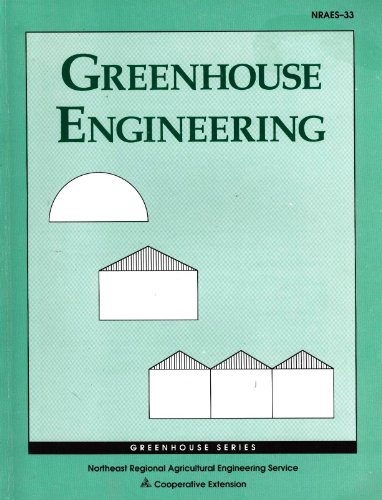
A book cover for Greenhouse Engineering; Robert S. Aldrich; Crafts, Hobbies & Home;